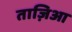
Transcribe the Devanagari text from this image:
ताज़िआ